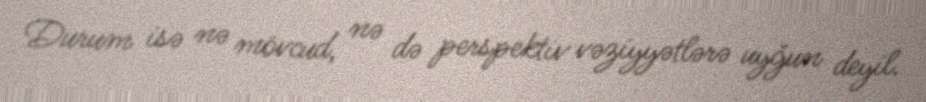
Durum isə nə mövcud, nə də perspektiv vəziyyətlərə uyğun deyil.